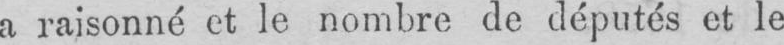
a raisonné et le nombre de députés et le